Civil Veterinary Dept. Assam report 1911-1927 - 1911-1927
Year: 1911
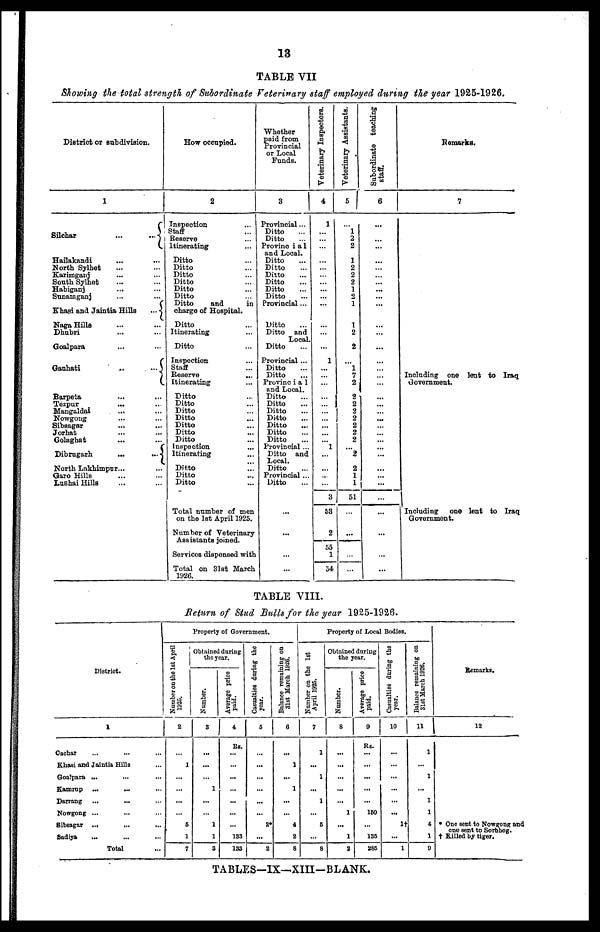
13
TABLE VII
Showing the total strength of Subordinate Veterinary staff employed during the year 1925-1926.
District or subdivision.
1
Silchar
...
...
Hailakandi ... ...
North Sylhet ... ...
Karimganj ... ...
South Sylhet ... ...
Habiganj ... ...
Sunamganj ... ...
Khasi and Jaintia Hills
...
Naga Hills ... ...
Dhubri ... ...
Goalpara ... ...
Gauhati
...
...
Barpeta ... ...
Tezpur ... ...
Maugaldai ... ...
Nowgong ... ...
Sibsagar ... ...
Jorhat ... ...
Golaghat ... ...
Dibrugarh
...
...
North Lakhimpur... ...
Garo Hills ... ...
Lushai Hills... ...
How occupied.
2
Inspection ...
Staff ...
Reserve ...
Itinerating ...
Ditto ...
Ditto ...
Ditto ...
Ditto ...
Ditto ...
Ditto ...
Ditto
and
in
charge of Hospital.
Ditto ...
Itinerating ...
Ditto ...
Inspection ...
Staff ...
Reserve
...
Itinerating ...
Ditto ...
Ditto ...
Ditto ...
Ditto ...
Ditto ...
Ditto ...
Ditto ...
Inspection ...
Itinerating ...
Ditto ...
Ditto ...
Ditto ...
Total number of men
on the 1st April 1925.
Number of Veterinary
Assistants joined.
Services dispensed with
Total on 31st March
1926.
Whether
paid from
Provincial
or Local
Funds.
3
Provincial...
Ditto ...
Ditto ...
Provincial
and Local.
Ditto ...
Ditto ...
Ditto ...
Ditto ...
Ditto ...
Ditto ...
Provincial...
Ditto ...
Ditto and
Local.
Ditto ...
Provincial...
Ditto ...
Ditto ...
Provincial
and Local.
Ditto ...
Ditto ...
Ditto ...
Ditto ...
Ditto ...
Ditto ...
Ditto
...
Provincial ...
Ditto and
Ditto ...
Provincial ...
Ditto ...
...
...
...
...
Veterinary Inspectors.
4
1
...
...
...
...
...
...
...
...
...
...
...
...
1
...
...
...
...
...
...
...
...
...
...
1
...
...
...
...
3
53
2
55
1
54
Veterinary Assistants.
5
...
1
2
2
1
2
2
2
1
2
1
1
2
2
...
1
7
2
2
2
2
2
2
2
2
... 2
2
1
1
51
...
...
...
...
Subordinate teaching
staff.
6
...
...
...
...
...
...
...
...
...
...
...
...
...
...
...
...
...
...
...
...
...
...
...
...
...
...
...
...
...
...
...
...
...
...
...
Remarks.
7
Including one lent to Iraq
Government.
Including
one lent to Iraq
Government.
TABLE VIII.
Return of Stud Bulls for the year 1925-1926.
District.
1
Cachar
...
... ...
Khasi and Jaintia Hills ...
Goalpara ... ... ...
Kamrup ...
... ...
Darrang ...
... ...
Nowgong ... ... ...
Sibsagar ... ... ...
Sadiya ... ... ...
Total ...
Property of Government.
Number on the 1st April
1925.
2
...
1
...
...
...
...
6
1
7
Obtained during
the year.
Number.
3
...
...
...
1
...
...
1
1
3
Average price
paid.
4
Rs.
...
...
...
...
...
...
...
133
133
Casualties daring the
year.
5
...
...
...
...
...
...
2*
...
2
Balance remaining on
31st March 1926.
6
...
1
...
1
...
...
4
2
8
Property of Local Bodies.
Number on the 1st
April 1925.
7
1
...
1
...
1
...
5
...
8
Obtained during
the year.
Number.
8
...
...
...
...
...
1
...
1
2
Average price
paid.
9
Rs.
...
...
...
...
...
160
...
135
286
Casualties during the
year.
10
...
...
...
...
...
...
1†
...
1
Balance remaining on
31st March 1926.
11
1
...
1
...
1
1
4
1
9
Remarks.
12
* One Bent to Nowgong and
one sent to Sorbhog.
† Killed by tiger.
TABLES—IX—XIII-BLANK.